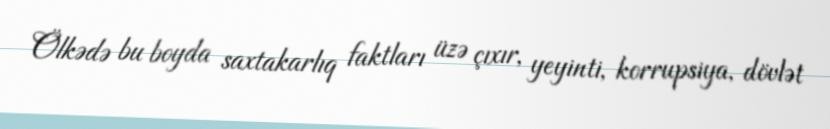
Ölkədə bu boyda saxtakarlıq faktları üzə çıxır, yeyinti, korrupsiya, dövlət